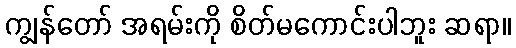
ကျွန်တော် အရမ်းကို စိတ်မကောင်းပါဘူး ဆရာ။